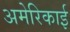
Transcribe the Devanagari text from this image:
अमेरिकाई